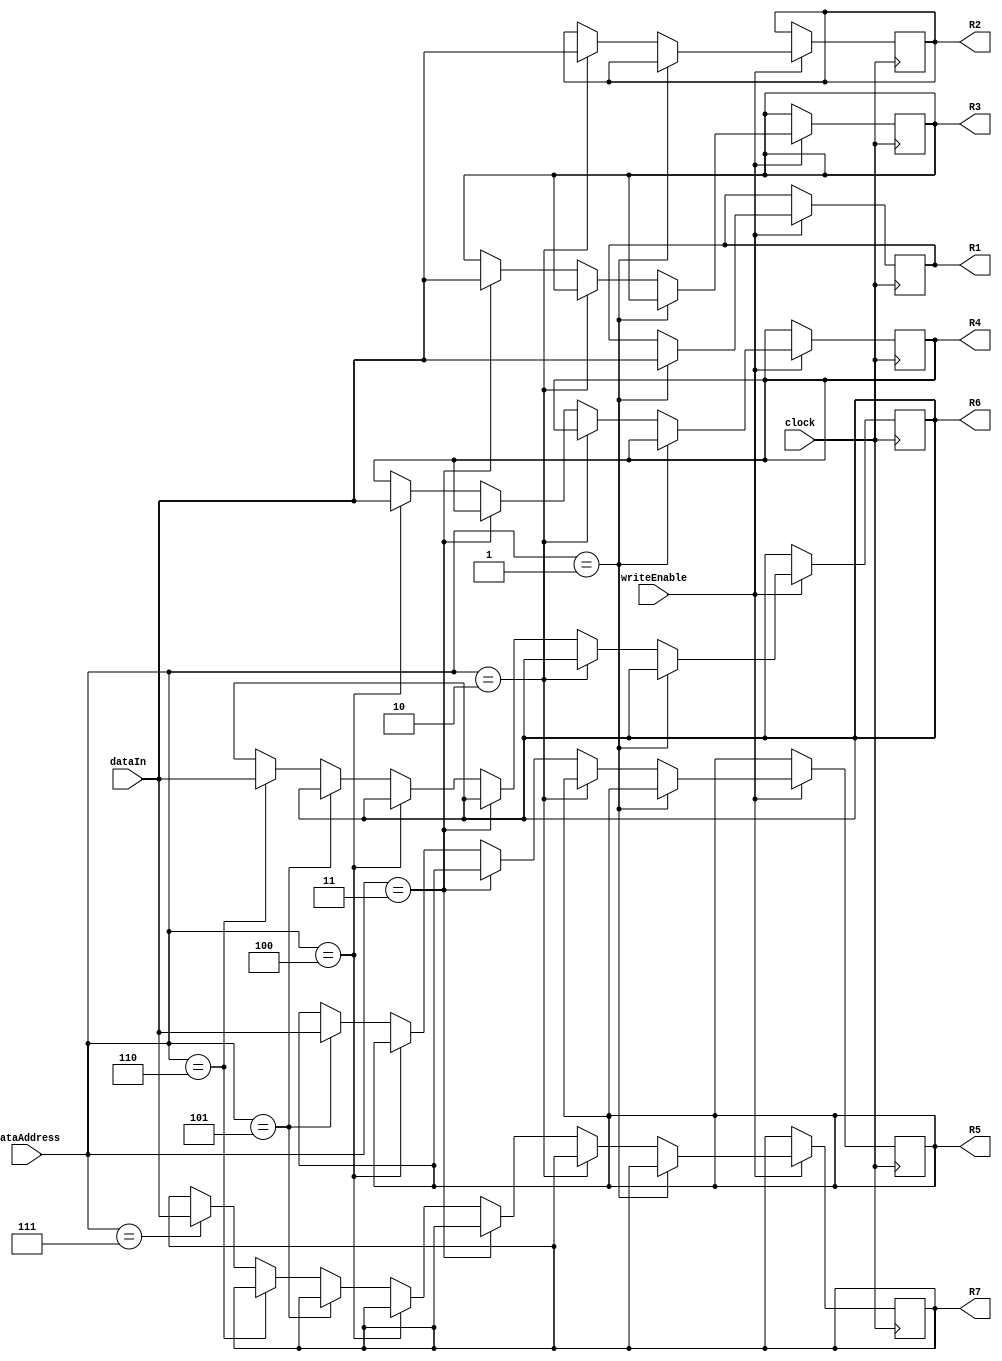
module FPregisters(clock, dataIn, dataAddress, writeEnable, R1, R2, R3, R4, R5, R6, R7);
output reg[15:0]R1; //registrador 1
output reg[15:0]R2; //registrador 2
output reg[15:0]R3; //registrador 3
output reg[15:0]R4; //registrador 4
output reg[15:0]R5; //registrador 5
output reg[15:0]R6; //registrador 6
output reg[15:0]R7; //registrador 7

initial begin
  R1 = 1;
  R2 = 2;
  R3 = 0;
  R4 = 4;
  R5 = 0;
  R6 = 0;
  R7 = 0;
end

input clock;
input [15:0]dataIn; //dado a ser escrito em um registrador
input writeEnable; //habilita escrita
input [2:0]dataAddress; //informa qual reg vai ser alterado

always@(posedge clock)
begin
   if(writeEnable==1'b1)
   begin
     if(dataAddress == 3'b001)//escreve em R1
       R1 = dataIn;
     else
       if(dataAddress == 3'b010)//escreve em R2
         R2 = dataIn;
       else
         if(dataAddress == 3'b011)//escreve em R3
           R3 = dataIn;
         else
           if(dataAddress == 3'b100)//escreve em R4
             R4 = dataIn;
           else
             if(dataAddress == 3'b101)//escreve em R5
               R5 = dataIn;
	     else
               if(dataAddress == 3'b110)//escreve em R6
                 R6 = dataIn;
               else
                 if(dataAddress == 3'b111)//escreve em R7
                   R7 = dataIn;
   end
		

end

endmodule